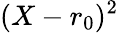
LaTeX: (X-r_{0})^{2}